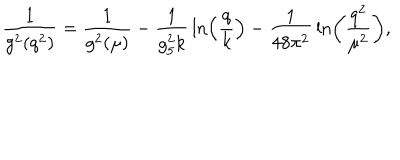
LaTeX: { \frac { 1 } { g ^ { 2 } ( q ^ { 2 } ) } } = { \frac { 1 } { g ^ { 2 } ( \mu ) } } - { \frac { 1 } { g _ { 5 } ^ { 2 } k } } \ln \left( { \frac { q } { k } } \right) - { \frac { 1 } { 4 8 \pi ^ { 2 } } } \ln \left( { \frac { q ^ { 2 } } { \mu ^ { 2 } } } \right) ,